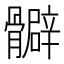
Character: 𩪧